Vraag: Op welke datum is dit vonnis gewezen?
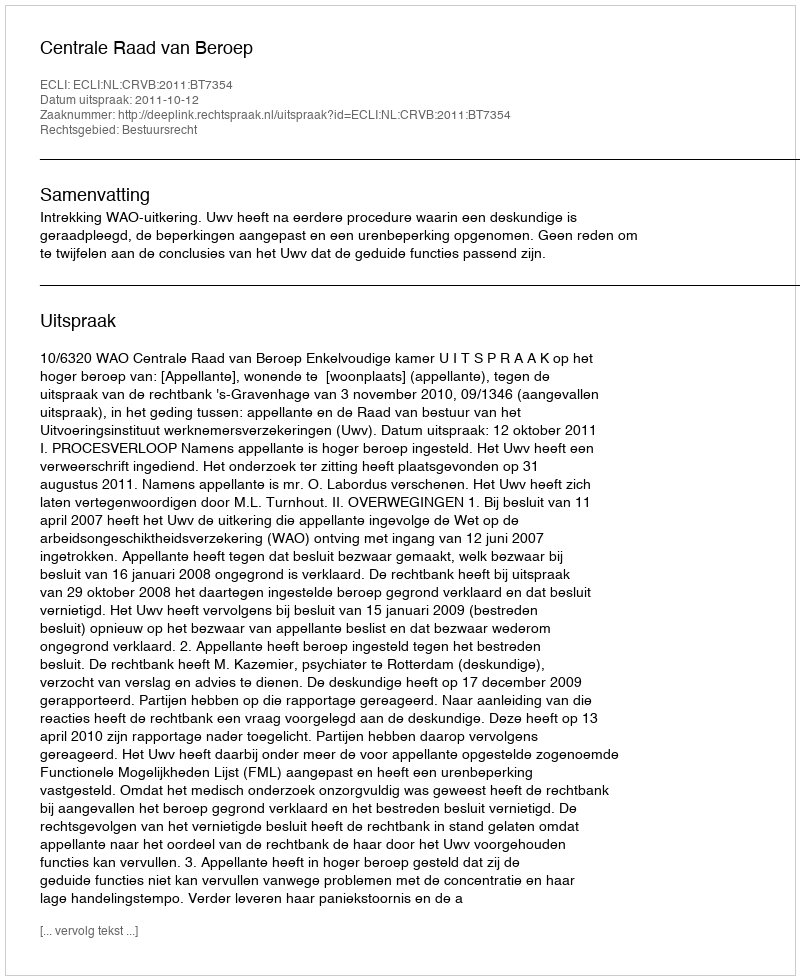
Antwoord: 2011-10-12